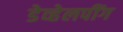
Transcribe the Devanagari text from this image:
डेव्हेलपींग